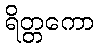
ရိတ္တကော